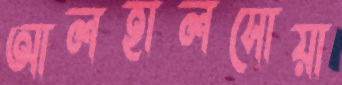
আলহালসোয়া